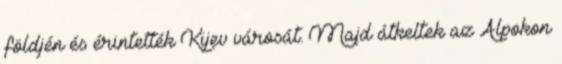
földjén és érintették Kijev városát. Majd átkeltek az Alpokon